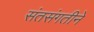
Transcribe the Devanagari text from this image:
संतसंगतीने